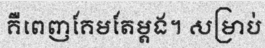
គឺពេញគែមតែម្តង។ សម្រាប់